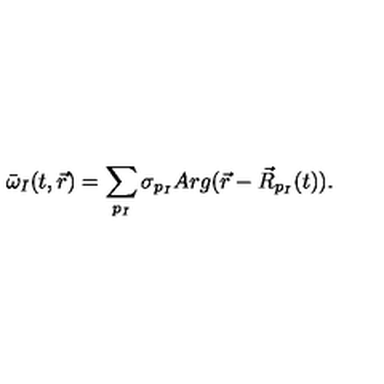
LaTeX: \bar { \omega } _ { I } ( t , \vec { r } ) = \sum _ { p _ { I } } \sigma _ { p _ { I } } A r g ( \vec { r } - \vec { R } _ { p _ { I } } ( t ) ) .